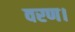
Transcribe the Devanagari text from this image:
वरण।